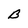
Character: B